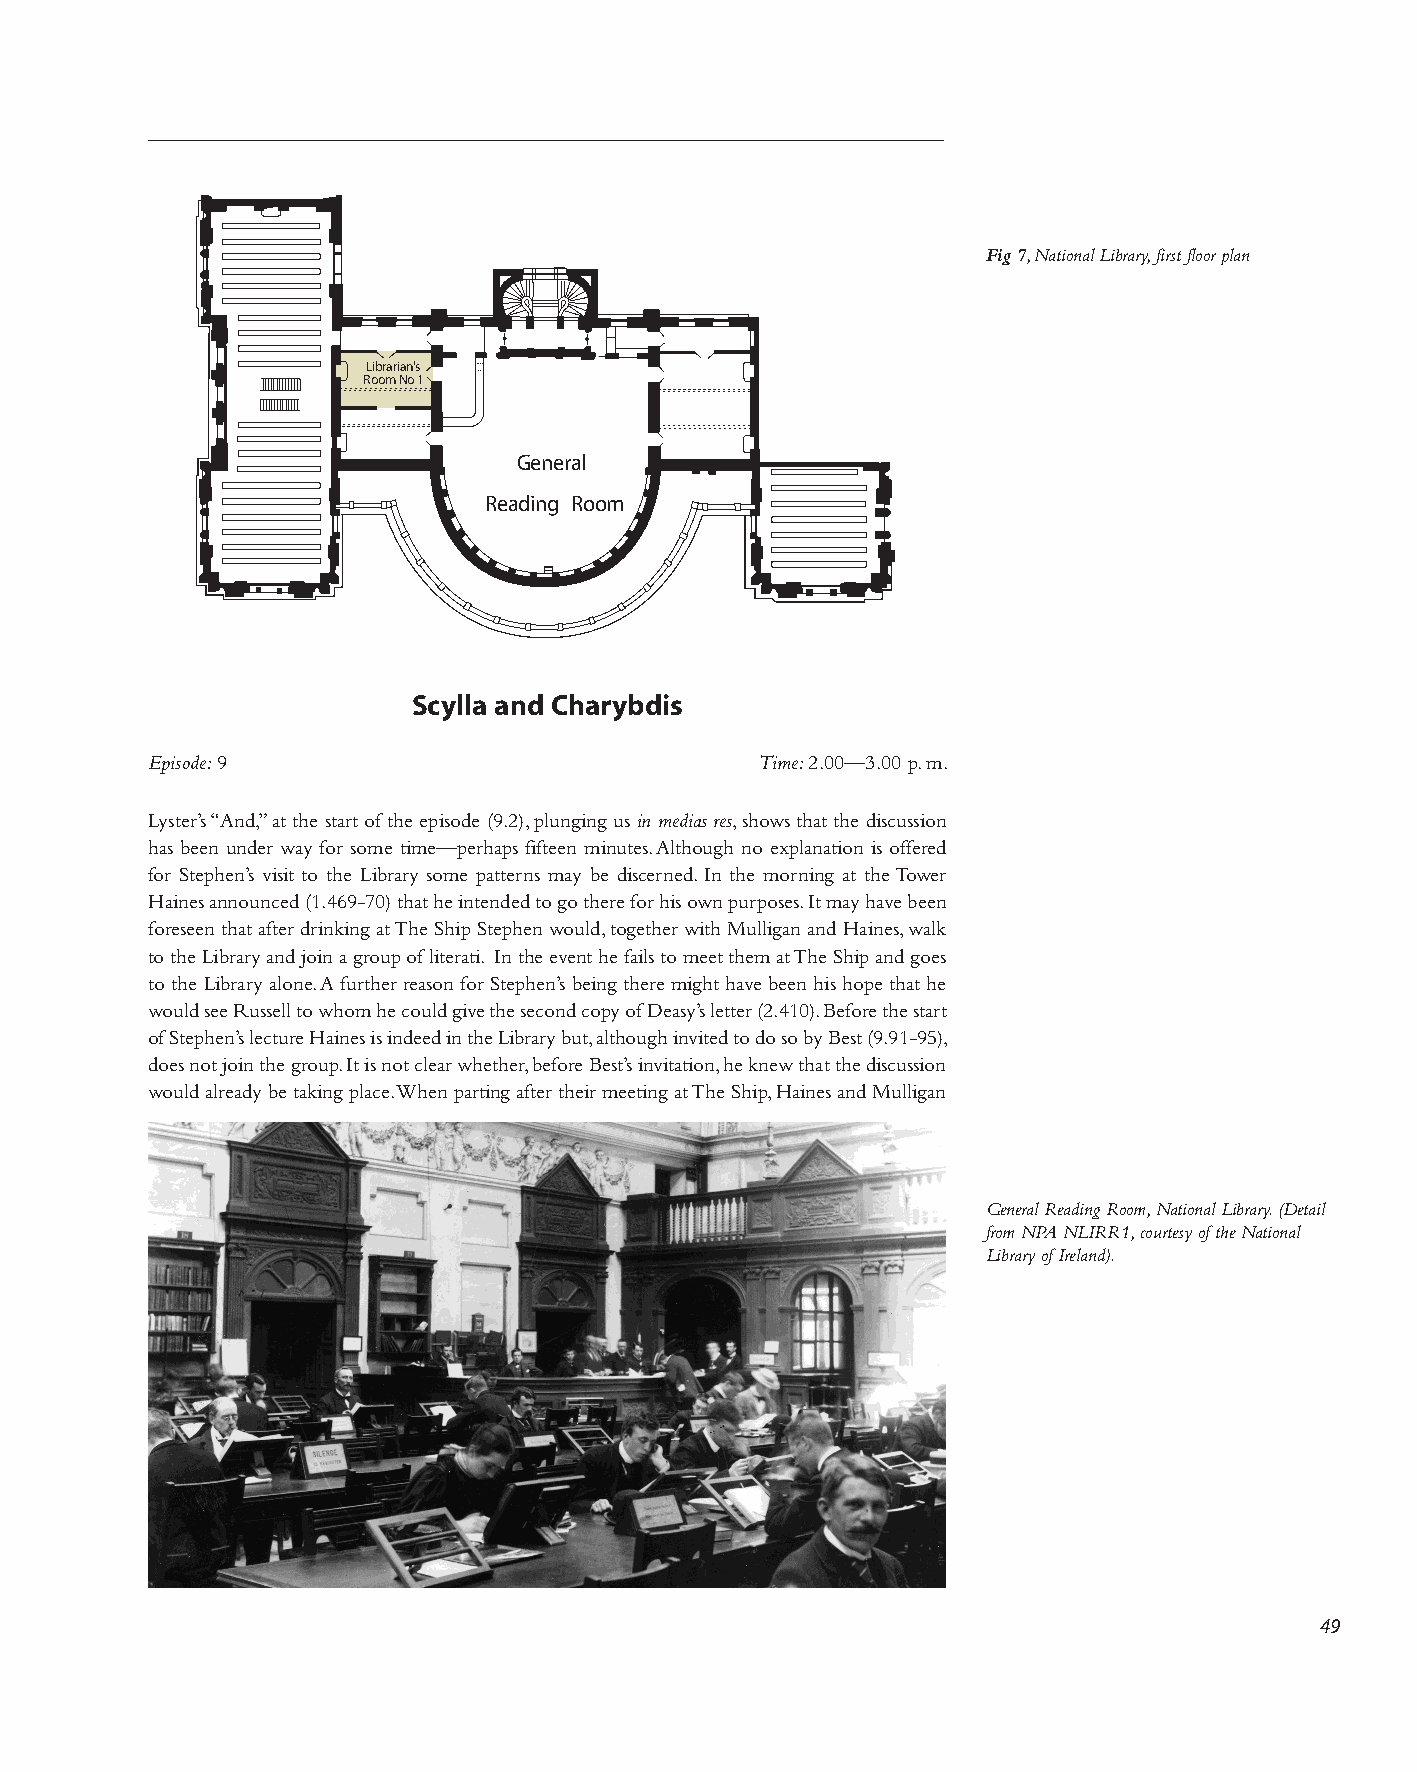
Fig 7, National Library, first floor plan
 Librarian's
 Room No 1
 General
 Reading Room
 Scylla and Charybdis
 Episode: 9                              Time: 2.00—3.00 p. m.
 Lyster’s “And,” at the start of the episode (9.2), plunging us in medias res, shows that the discussion
 has been under way for some time—perhaps fifteen minutes. Although no explanation is offered
 for Stephen’s visit to the Library some patterns may be discerned. In the morning at the Tower
 Haines announced (1.469-70) that he intended to go there for his own purposes. It may have been
 foreseen that after drinking at The Ship Stephen would, together with Mulligan and Haines, walk
 to the Library and join a group of literati. In the event he fails to meet them at The Ship and goes
 to the Library alone. A further reason for Stephen’s being there might have been his hope that he
 would see Russell to whom he could give the second copy of Deasy’s letter (2.410). Before the start
 of Stephen’s lecture Haines is indeed in the Library but, although invited to do so by Best (9.91-95),
 does not join the group. It is not clear whether, before Best’s invitation, he knew that the discussion
 would already be taking place. When parting after their meeting at The Ship, Haines and Mulligan
 General Reading Room, National Library. (Detail
 from NPA NLIRR1, courtesy of the National
 Library of Ireland).
 49